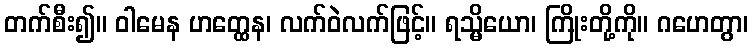
တက်စီး၍။ ဝါမေန ဟတ္ထေန၊ လက်ဝဲလက်ဖြင့်။ ရသ္မိယော၊ ကြိုးတို့ကို။ ဂဟေတွာ၊